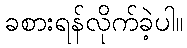
ခစားရန်လိုက်ခဲ့ပါ။